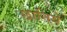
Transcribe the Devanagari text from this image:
छानिये